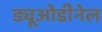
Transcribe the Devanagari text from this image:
ड्यूओडीनेल